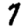
Digit: 7